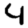
Digit: 4